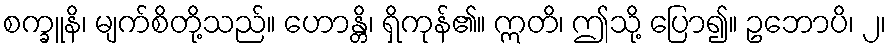
စက္ခူနိ၊ မျက်စိတို့သည်။ ဟောန္တိ၊ ရှိကုန်၏။ ဣတိ၊ ဤသို့ ပြော၍။ ဥဘောပိ၊ ၂၊